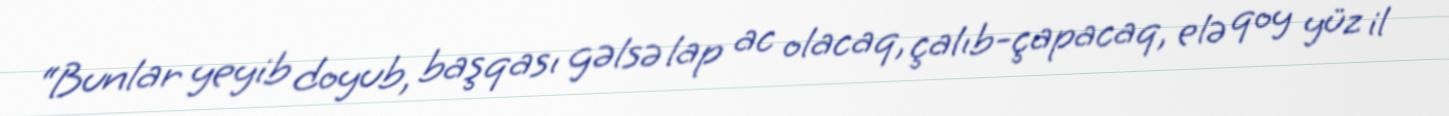
“Bunlar yeyib doyub, başqası gəlsə lap ac olacaq, çalıb-çapacaq, elə qoy yüz il